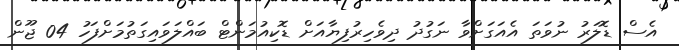
އެސް ޑޮލަރު ނުވަތަ އެއަގަށްވާ ނަގުދު ދިވެހިރުފިޔާއަށް ޑޮކިއުމަންޓް ބައްލަވައިގަތުމަށްފަހު 04 ޖޫން